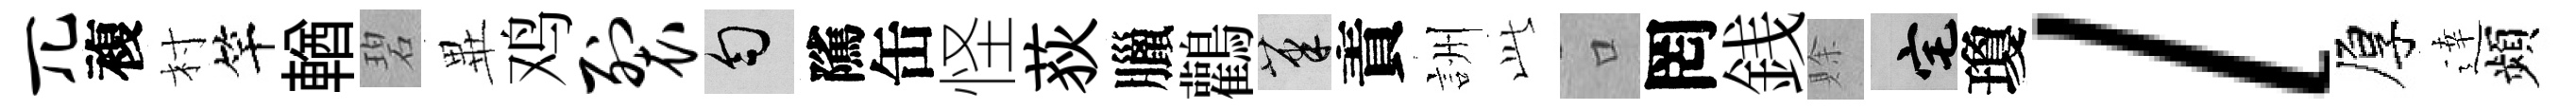
兀複村竿輶碧𭺾鸡裂匀隲缶怪荻臘鸛筆責詶𬼘口罔銭賖宅瓊l厚逹頻